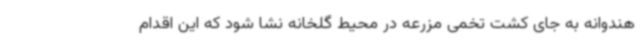
هندوانه به جای کشت تخمی مزرعه در محیط گلخانه نشا شود که این اقدام